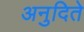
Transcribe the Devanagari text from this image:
अनुदिते